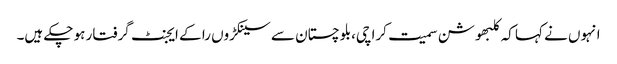
انہوں نے کہا کہ کلبھوشن سمیت کراچی،بلوچستان سے سینکڑوں را کے ایجنٹ گرفتار ہو چکے ہیں۔